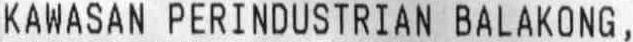
KAWASAN PERINDUSTRIAN BALAKONG,